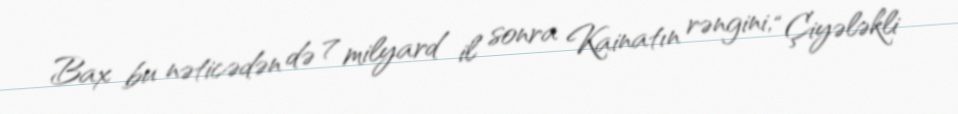
Bax bu nəticədən də 7 milyard il sonra Kainatın rəngini, “Çiyələkli